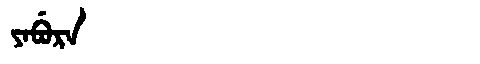
Manchu: ᠶᠠᠪᡠᡵᠠ
Romanization: YABURA